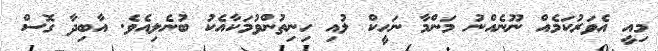
މިއީ އެވަރުކަމެއް ނޫނެއްނު މަންމާ ނަހީކް ލުއި ހިނިތުންވުމަކާއެކު ބުނެލިއެވެ. އާބިދާ ގޮސް